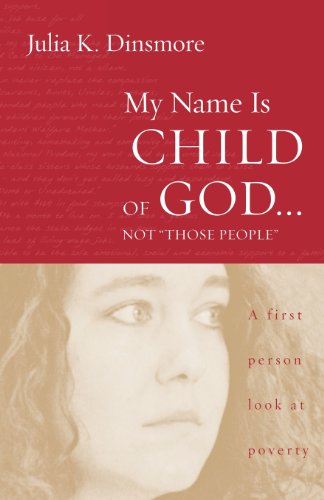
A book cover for My Name Is Child of God...Not "Those People": A First Person Look at Poverty; Julia K. Dinsmore; Christian Books & Bibles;